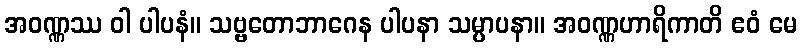
အဝဏ္ဏဿ ဝါ ပါပနံ။ သဗ္ဗတောဘာဂေန ပါပနာ သမ္ပာပနာ။ အဝဏ္ဏဟာရိကာတိ ဧဝံ မေ